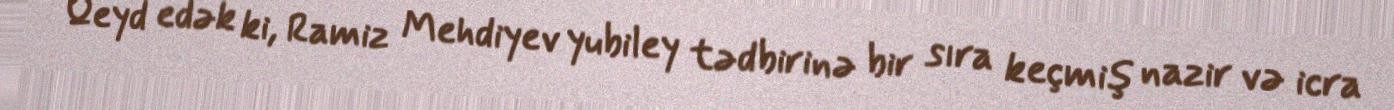
Qeyd edək ki, Ramiz Mehdiyev yubiley tədbirinə bir sıra keçmiş nazir və icra